Report on metropolitan horse fairs and district horse shows of 1891-92 - 1891-1892
Year: 1891
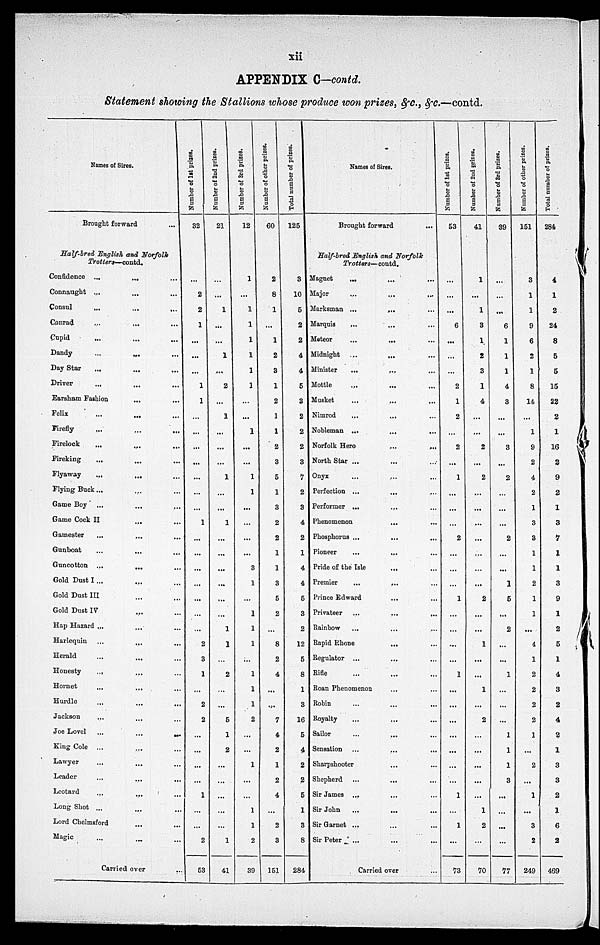
xii
APPENDIX C-contd.
Statement showing the Stallions whose produce won prizes, &c., &c.—contd.
Names of Sires.
Brought forward
...
Half-bred English and Norfolk
Trotters-contd.
Confidence ...
Connaught ...
Consul ...
Conrad ...
Cupid ...
Dandy ...
Day Star ...
Driver ...
Earsham Fashion
Felix ...
Firefly ...
Firelock ...
Fireking
...
Flyaway ...
Flying Buck ...
Game Boy ...
Game Cock II
Gamester ...
Gunboat ...
Guncotton ...
Gold Dust I ...
Gold Dust III
Gold Dust IV
Hap Hazard ...
Harlequin ...
Herald ...
Honesty
...
Hornet ...
Hurdle ...
Jackson
...
Joe Lovel ...
King Cole ...
Lawyer
...
Leader ...
Leotard ...
Long Shot ...
Lord Chelmsford
Magic ...
...
...
...
...
...
...
...
...
...
...
...
...
...
...
...
...
...
...
...
...
...
...
...
...
...
...
...
...
...
...
...
...
...
...
...
...
...
...
...
...
...
...
...
...
...
...
...
...
...
...
...
...
...
...
...
...
...
...
...
...
...
...
...
...
...
...
...
...
...
...
...
...
...
...
...
...
Carried over
...
Number of 1st prizes.
32
...
2
2
1
...
...
...
1
1
...
...
...
...
...
...
...
1
...
...
...
...
...
...
...
2
3
1
...
2
2
...
...
...
...
1
...
...
2
53
Number of 2nd prizes.
21
...
...
1
...
...
1
...
2
...
1
...
...
...
1
...
...
1
...
...
...
...
...
...
1
1
...
2
...
...
5
1
2
...
...
...
...
...
1
41
Number of 3rd prizes.
12
1
...
1
1
1
1
1
1
...
...
1
...
...
1
1
...
...
...
...
3
1
...
1
1
1
...
1
1
1
2
...
...
1
...
...
1
1
2
39
Number of other prizes.
60
2
8
1
...
1
2
3
1
2
1
1
2
3
5
1
3
2
2
1
1
3
5
2
...
8
2
4
...
...
7
4
2
1
2
4
...
2
3
151
Total number of prizes.
125
3
10
5
2
2
4
4
5
3
2
2
2
3
7
2
3
4
2
1
4
4
5
3
2
12
5
8
1
3
16
5
4
2
2
5
1
3
8
284
Names of Sires.
Brought forward
...
Half-bred English and Norfolk
Trotters-contd.
Magnet
...
Major ...
Marksman ...
Marquis ...
Moteor ...
Midnight ...
Minister
...
Mottle ...
Musket ...
Nimrod ...
Nobleman ...
Norfolk Hero
North Star ...
Onyx ...
Perfection ...
Performer ...
Phenomenon ...
Phosphorus ...
Pioneer ...
Pride of the Isle
Premier ...
Prince Edward
Privateer ...
Rainbow ...
Rapid Rhone
Regulator ...
Rifle ...
Roan Phenomenon
Robin ...
Royalty ...
Sailor ...
Sensation ...
Sharpshooter
Shepherd ...
Sir James ...
Sir John ...
Sir Garnet ...
Sir Peter ...
...
...
...
...
...
...
...
...
...
...
...
...
...
...
...
...
...
...
...
...
...
...
...
...
...
...
...
...
...
...
...
...
...
...
...
...
...
...
...
...
...
...
...
...
...
...
...
...
...
...
...
...
...
...
...
...
...
...
...
...
...
...
...
...
...
...
...
...
...
...
...
...
...
...
...
...
Carried over
...
Number of 1st prizes.
53
...
...
...
6
...
...
...
2
1
2
...
2
...
1
...
...
...
2
...
...
...
1
...
...
...
...
1
...
...
...
...
...
...
...
1
...
1
...
73
Number of 2nd prizes.
41
1
...
1
3
1
2
3
1
4
...
...
2
...
2
...
...
...
...
...
...
...
2
...
...
1
...
...
1
...
2
...
...
...
...
...
1
2
...
70
Number of 3rd prizes.
39
...
...
...
6
1
1
1
4
3
...
...
3
...
2
...
...
...
2
...
...
1
5
...
2
...
...
1
...
...
...
1
1
1
3
...
...
...
...
77
Number of other prizes.
151
3
1
1
9
6
2
1
8
14
...
1
9
2
4
2
1
3
3
1
1
2
1
1
...
4
1
2
2
2
2
1
...
2
...
1
...
3
2
249
Total number of prizes.
284
4
1
2
24
8
5
5
15
22
2
1
16
2
9
2
1
3
7
1
1
3
9
1
2
5
1
4
3
2
4
2
1
3
3
2
1
6
2
469